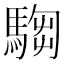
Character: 𩤍